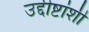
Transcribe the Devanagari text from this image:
उद्दीष्टांशी